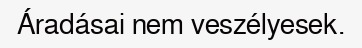
Áradásai nem veszélyesek.